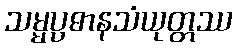
သမ္မပ္ပဓာနသံယုတ္တဿ